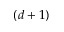
( d + 1 )